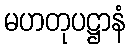
မဟတုပဋ္ဌာနံ